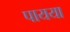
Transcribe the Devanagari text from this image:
पायया